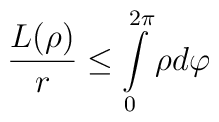
\frac{L(\rho)}{r}\leq\int\limits_{0}^{2\pi}\rho d\varphi